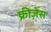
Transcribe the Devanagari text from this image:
फ्रीज़ेस